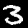
Label: 3